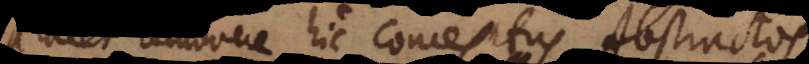
acet removere hic conceptus Abstractos,